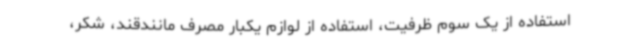
استفاده از یک سوم ظرفیت، استفاده از لوازم یکبار مصرف مانندقند، شکر،